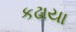
કઢાયા